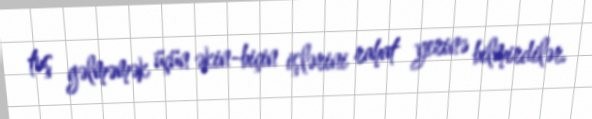
tuş gəlməmək üçün əkin-biçin işlərini rahat yerinə bilmirdilər.